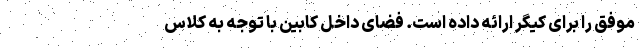
موفق را برای کیگر ارائه داده است. فضای داخل کابین با توجه به کلاس